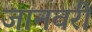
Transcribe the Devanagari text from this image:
जानवरी